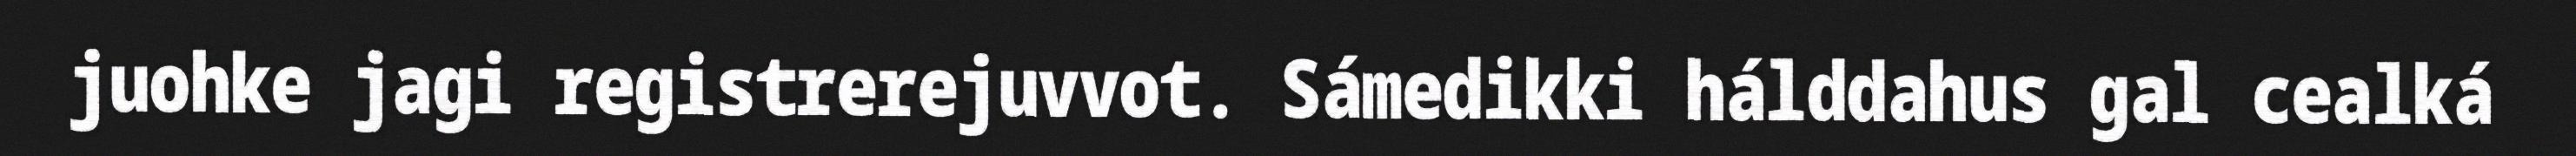
juohke jagi registrerejuvvot. Sámedikki hálddahus gal cealká